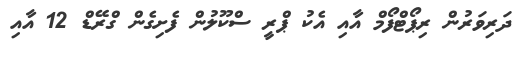
ދަރިވަރުން ރިޕޯޓްފޯމް އާއި އެކު ޕްރީ ސްކޫލުން ފެށިގެން ގްރޭޑް 12 އާއި